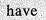
have